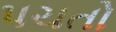
પચતો